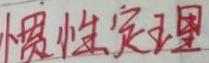
小惯性定理